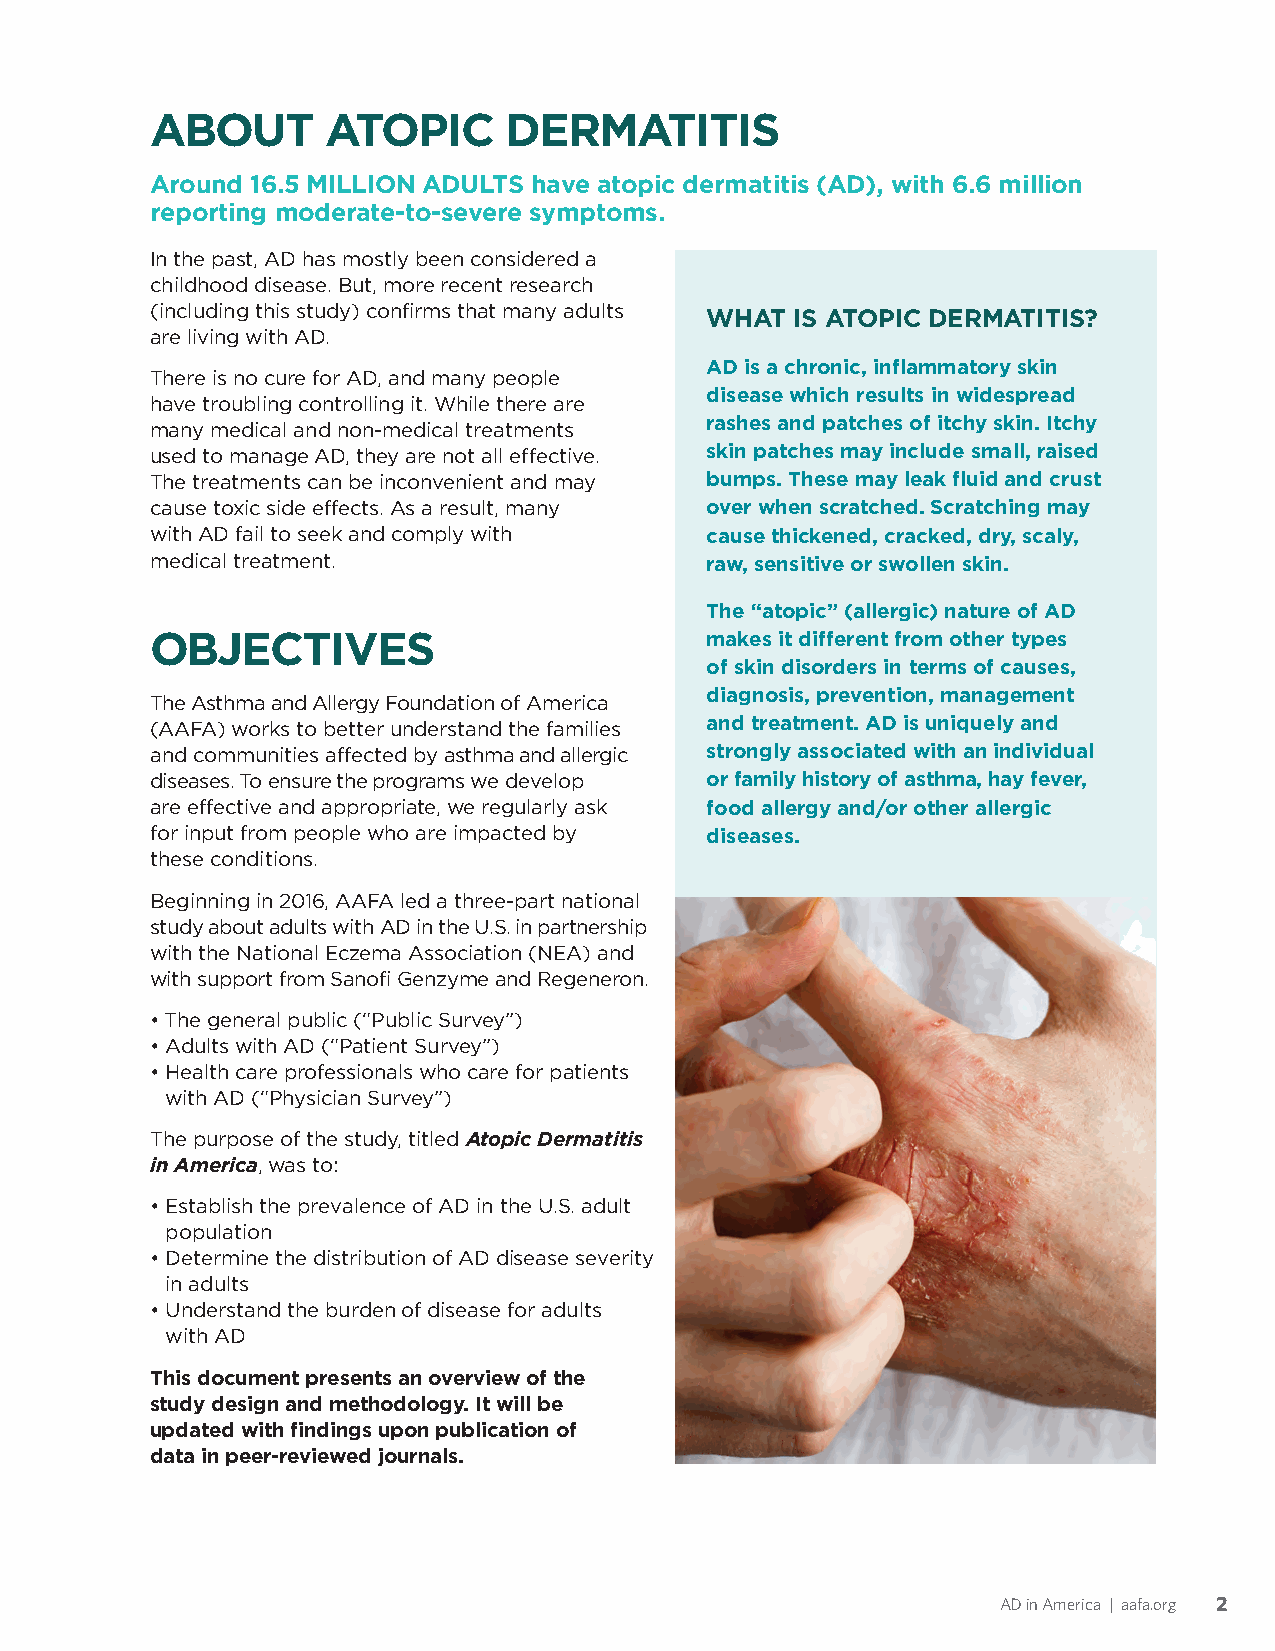
ABOUT       ATOPIC     DERMATITIS
 Around 16.5 MILLION ADULTS have atopic dermatitis (AD), with 6.6 million
 reporting moderate-to-severe symptoms.
 In the past, AD has mostly been considered a
 childhood disease. But, more recent research
 (including this study) confirms that many adults WHAT IS ATOPIC DERMATITIS?
 are living with AD.
 AD is a chronic, inflammatory skin
 There is no cure for AD, and many people
 disease which results in widespread
 have troubling controlling it. While there are
 rashes and patches of itchy skin. Itchy
 many medical and non-medical treatments
 used to manage AD, they are not all effective. skin patches may include small, raised
 The treatments can be inconvenient and may bumps. These may leak fluid and crust
 cause toxic side effects. As a result, many over when scratched. Scratching may
 with AD fail to seek and comply with cause thickened, cracked, dry, scaly,
 medical treatment.                   raw, sensitive or swollen skin.
 The “atopic” (allergic) nature of AD
 OBJECTIVES                           makes it different from other types
 of skin disorders in terms of causes,
 diagnosis, prevention, management
 The Asthma and Allergy Foundation of America
 (AAFA) works to better understand the families and treatment. AD is uniquely and
 and communities affected by asthma and allergic strongly associated with an individual
 diseases. To ensure the programs we develop or family history of asthma, hay fever,
 are effective and appropriate, we regularly ask food allergy and/or other allergic
 for input from people who are impacted by diseases.
 these conditions.
 Beginning in 2016, AAFA led a three-part national
 study about adults with AD in the U.S. in partnership
 with the National Eczema Association (NEA) and
 with support from Sanofi Genzyme and Regeneron.
 •The general public (“Public Survey”)
 •Adults with AD (“Patient Survey”)
 • Health care professionals who care for patients
 with AD (“Physician Survey”)
 The purpose of the study, titled Atopic Dermatitis
 in America, was to:
 • Establish the prevalence of AD in the U.S. adult
 population
 • Determine the distribution of AD disease severity
 in adults
 • Understand the burden of disease for adults
 with AD
 This document presents an overview of the
 study design and methodology. It will be
 updated with findings upon publication of
 data in peer-reviewed journals.
 AD in America | aafa.org 2